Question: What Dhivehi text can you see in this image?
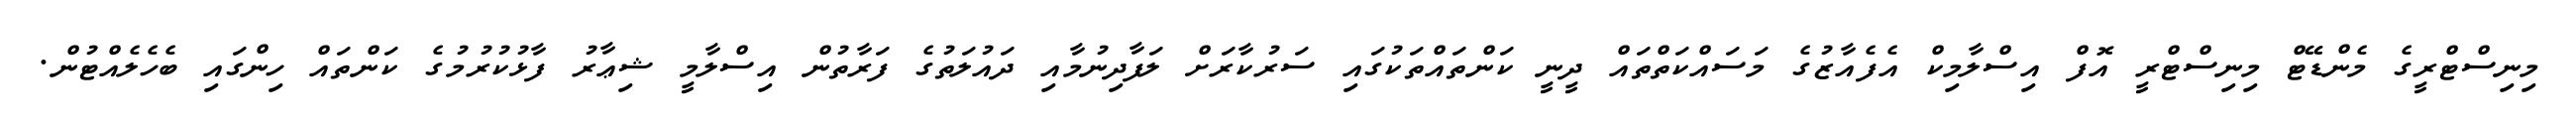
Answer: މިނިސްޓްރީގެ މެންޑޭޓް މިނިސްޓްރީ އޮފް އިސްލާމިކް އެފެއާޒުގެ މަސައްކަތްތައް ދީނީ ކަންތައްތަކުގައި ސަރުކާރަށް ލަފާދިނުމާއި ދައުލަތުގެ ފަރާތުން އިސްލާމީ ޝިޢާރު ފާޅުކުރުމުގެ ކަންތައް ހިންގައި ބެހެލެއްޓުން.